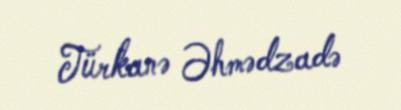
Türkanə Əhmədzadə